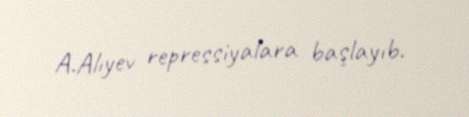
A.Alıyev repressiyalara başlayıb.